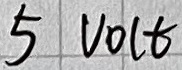
Text: 5VOLT